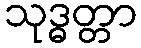
သုဒ္ဓတ္တာ